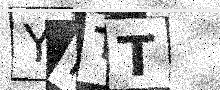
Text: YPTT